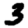
Digit: 3